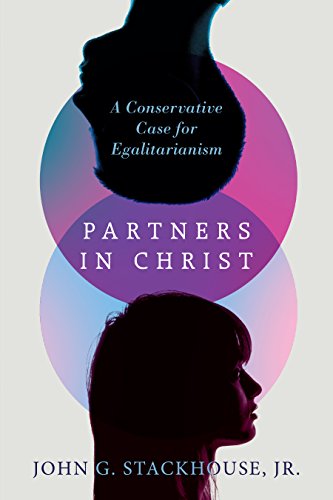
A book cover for Partners in Christ: A Conservative Case for Egalitarianism; John G. Stackhouse  Jr.; Politics & Social Sciences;